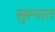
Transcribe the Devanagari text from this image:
सुस्नात